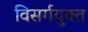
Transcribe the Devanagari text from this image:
विसर्गयुक्त